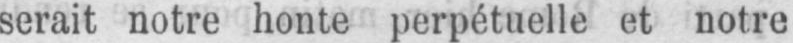
serait notre honte perpétuelle et notre